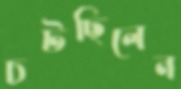
চটছিলেন